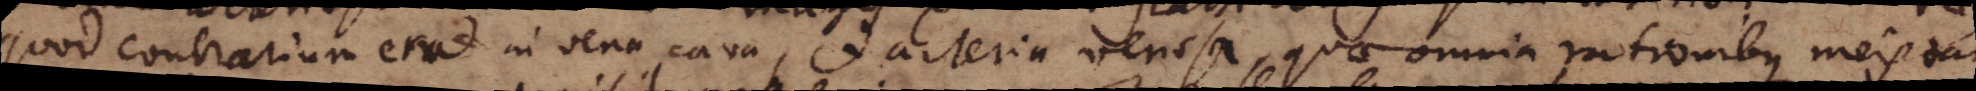
quod contrarium erat in vena cava, et arteria venosa, quae omnia rationibus meis tam